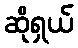
ဆိုရှယ်